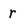
Character: r